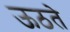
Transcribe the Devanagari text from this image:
ऊठते